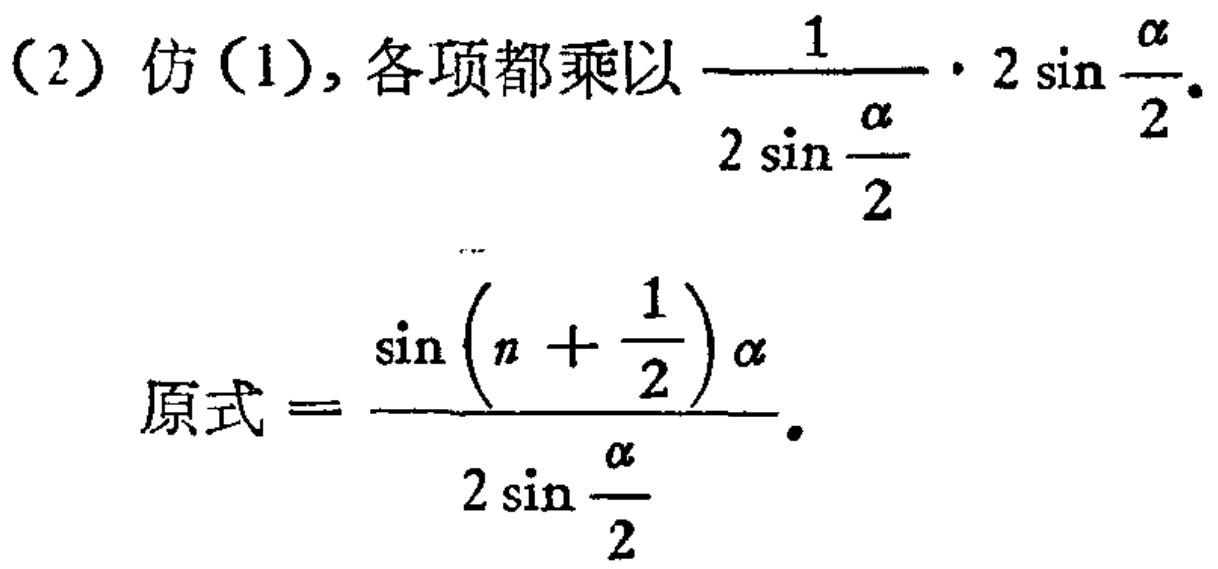
(2) 仿(1), 各项都乘以$\frac{1}{2\sin \frac{\alpha}{2}}\cdot 2\sin \frac{\alpha}{2}$.

原式$=\frac{\sin \left(n + \frac{1}{2}\right)\alpha}{2\sin \frac{\alpha}{2}}$.